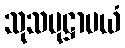
သုသမုဋ္ဌာပယံ